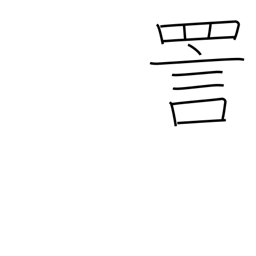
Meaning: ridicule